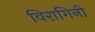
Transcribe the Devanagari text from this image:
विरागिनी